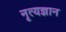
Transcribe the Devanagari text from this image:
नृत्यज्ञान